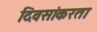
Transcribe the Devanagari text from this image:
दिवसांकरता